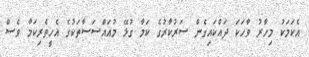
އެކަމަކު މިހާރު ވާހަކަ ދައްކައިގެން ސަރުކާރުގެ ކަމާ ގުޅޭ މުއައްސަސާތަކުގެ އެހީތެރިކަމާ ވެސް